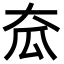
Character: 𡗷